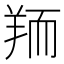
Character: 𦎂